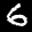
Label: 6